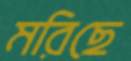
মরিছে